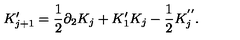
K _ { j + 1 } ^ { \prime } = \frac { 1 } { 2 } \partial _ { 2 } K _ { j } + K _ { 1 } ^ { \prime } K _ { j } - \frac { 1 } { 2 } K _ { j } ^ { ' ^ { \prime } } .